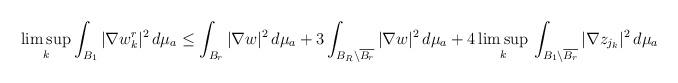
LaTeX: \begin{align*} \limsup_k \int_{B_1}|\nabla w_k^r|^2\,d\mu_a \leq \int_{B_r}|\nabla w|^2\,d\mu_a +3\int_{B_R\setminus \overline{B_r}}|\nabla w|^2\,d\mu_a + 4\limsup_k\,\int_{B_1\setminus \overline{B_r}}|\nabla z_{j_k}|^2\,d\mu_a\end{align*}